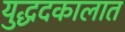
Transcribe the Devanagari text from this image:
युद्धदकालात